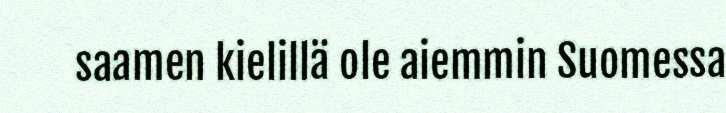
saamen kielillä ole aiemmin Suomessa